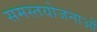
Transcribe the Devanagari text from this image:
समस्तयोजनाओं